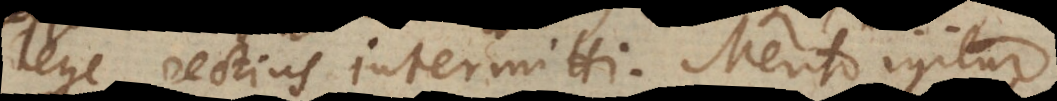
lege rectius intermitti. Merito igitur